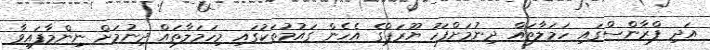
އަދި ފްރާންސްގައި ހަމަލާތައް ދިނުމަށްފަހު ޔޫރަޕްގެ އެހެން ގައުމުތަކުގައި މިހަމަލާތައް ދިނުމަށް ނިންމާފައިވާ